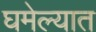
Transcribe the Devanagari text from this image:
घमेल्यात